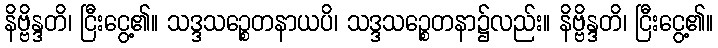
နိဗ္ဗိန္ဒတိ၊ ငြီးငွေ့၏။ သဒ္ဒသဉ္စေတနာယပိ၊ သဒ္ဒသဉ္စေတနာ၌လည်း။ နိဗ္ဗိန္ဒတိ၊ ငြီးငွေ့၏။